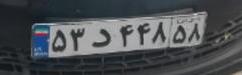
۵۳د۴۴۸۵۸